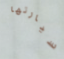
سيارتها